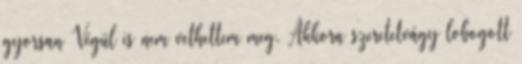
gyorsan Végül is nem vethettem meg. Akkora szeretetvágy lobogott